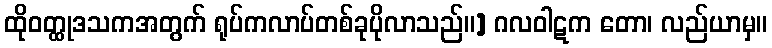
ထိုဝတ္ထုဒသကအတွက် ရုပ်ကလာပ်တစ်ခုပိုလာသည်။] ဂလဝါဋက တော၊ လည်ယာမှ။